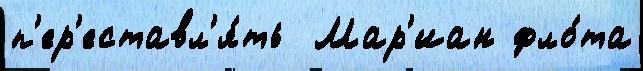
п'ер'еставл'я́ть  Мар'иан фло́та